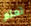
تعلم